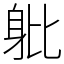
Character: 𨈚